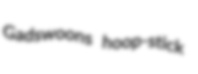
Gadswoons hoop-stick